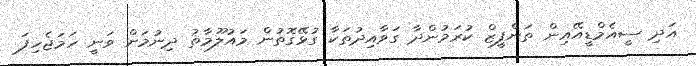
އަދި ސީއެމްޑީއޭއިން ތަންފީޒް ކުރަމުންދާ ގަވާއިދުތަކާ ގުޅޭގޮތުން މައުލޫމާތު ދިނުމަށް ވަނީ ހަމަޖެހިފަ